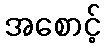
အစောင့်